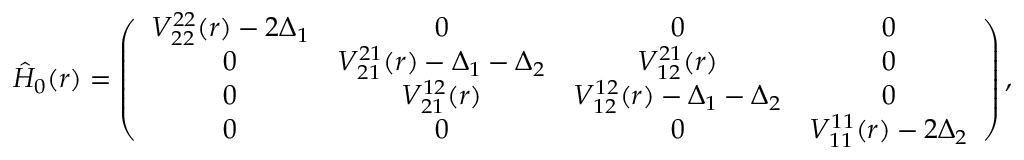
\hat { H } _ { 0 } ( r ) = \left( \begin{array} { c c c c } { V _ { 2 2 } ^ { 2 2 } ( r ) - 2 \Delta _ { 1 } } & { 0 } & { 0 } & { 0 } \\ { 0 } & { V _ { 2 1 } ^ { 2 1 } ( r ) - \Delta _ { 1 } - \Delta _ { 2 } } & { V _ { 1 2 } ^ { 2 1 } ( r ) } & { 0 } \\ { 0 } & { V _ { 2 1 } ^ { 1 2 } ( r ) } & { V _ { 1 2 } ^ { 1 2 } ( r ) - \Delta _ { 1 } - \Delta _ { 2 } } & { 0 } \\ { 0 } & { 0 } & { 0 } & { V _ { 1 1 } ^ { 1 1 } ( r ) - 2 \Delta _ { 2 } } \end{array} \right) ,